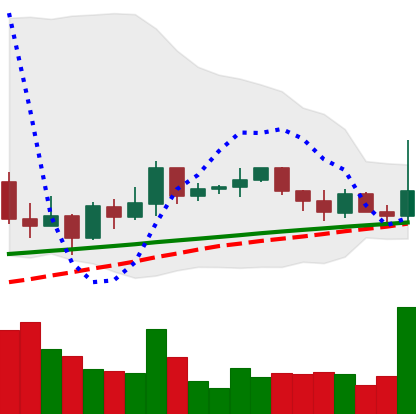
Ticker: XRP-USD
Chart end date: 2021-03-16
Forward return: 12.373%
Label: up_7plus